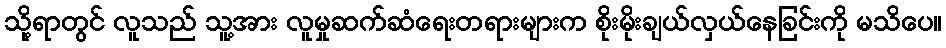
သို့ရာတွင် လူသည် သူ့အား လူမှုဆက်ဆံရေးတရားများက စိုးမိုးချယ်လှယ်နေခြင်းကို မသိပေ။